Lunatic asylums Central Provinces reports 1910-1926 - 1910-1926
Year: 1910
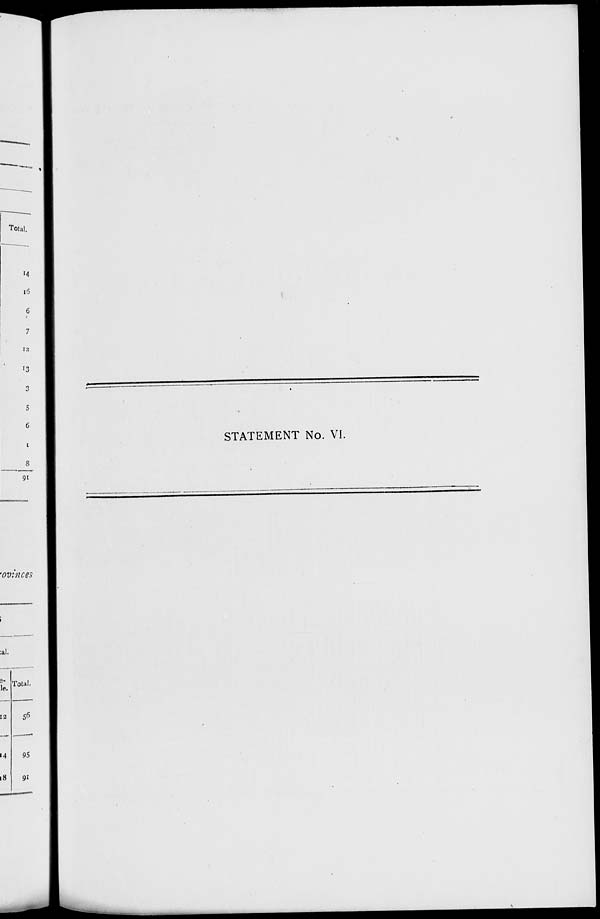
STATEMENT No. VI.